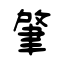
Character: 肇